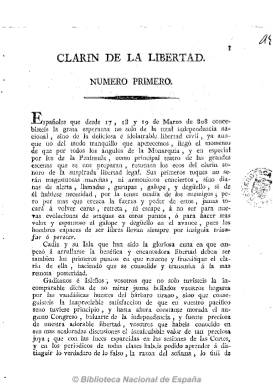
Título: Clarín de la libertad
Colección: Periódicos anteriores a 1850
Ámbito geográfico: Cádiz
Lugar de publicación: Cádiz
Fechas: 12/12/1813-12/12/1813

Periódico publicado en Cádiz del 12 al 14 de diciembre de 1813 y que contó solamente con dos números. Coincide su publicación con el debate sobre el traslado de la Cortes a Madrid, defendiendo a ultranza su permanencia en Cádiz. En líneas generales los efímeros periódicos aparecidos en Cádiz  desde julio de 1813 en adelante, como “El Clarín de la libertad”, auguran que dicho traslado tendrá funestas consecuencias para el recién instaurado sistema político. De este modo se erigen en garantes de los intereses de la ciudadanía y en los guardianes de la Carta Magna, para lo que, con un tono exaltado y revolucionario, se mostrarán incluso dispuestos a tomar las armas con tal de que las libertades no se vean ultrajadas.